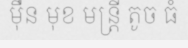
ម៉ឺន មុខ មន្ត្រី តូច ធំ